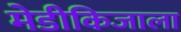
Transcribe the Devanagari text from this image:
मेडीकिजाला